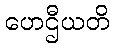
ဟေဌီယတိ